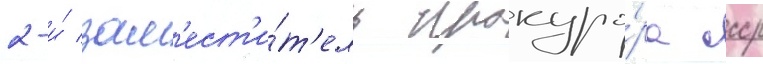
2-и́ зам'ест'и́т'ель прокуро́ра ссср